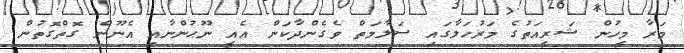
މަރާ މީހުން ޝަރީއަތުގެ މަރުހަލާގައި ސަލާމަތް ވެގެންދާކަން އެއީ ނޫޙުންނާއި އެނޫން ގޮތްގޮތުން